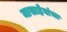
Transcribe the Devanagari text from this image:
मासाहेबांचा